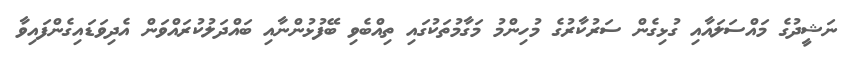
ނަޝީދުގެ މައްސަލައާއި ގުޅިގެން ސަރުކާރުގެ މުހިންމު މަގާމުތަކުގައި ތިއްބެވި ބޭފުޅުންނާއި ބައްދަލުކުރައްވަން އެދިވަޑައިގެންފައިވާ